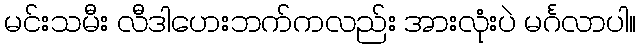
မင်းသမီး လီဒါဟေးဘက်ကလည်း အားလုံးပဲ မင်္ဂလာပါ။